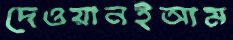
দেওয়ানইআম